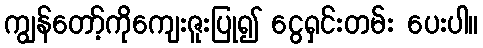
ကျွန်တော့်ကိုကျေးဇူးပြု၍ ငွေရှင်းတမ်း ပေးပါ။